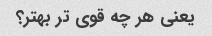
یعنی هر چه قوی تر بهتر؟